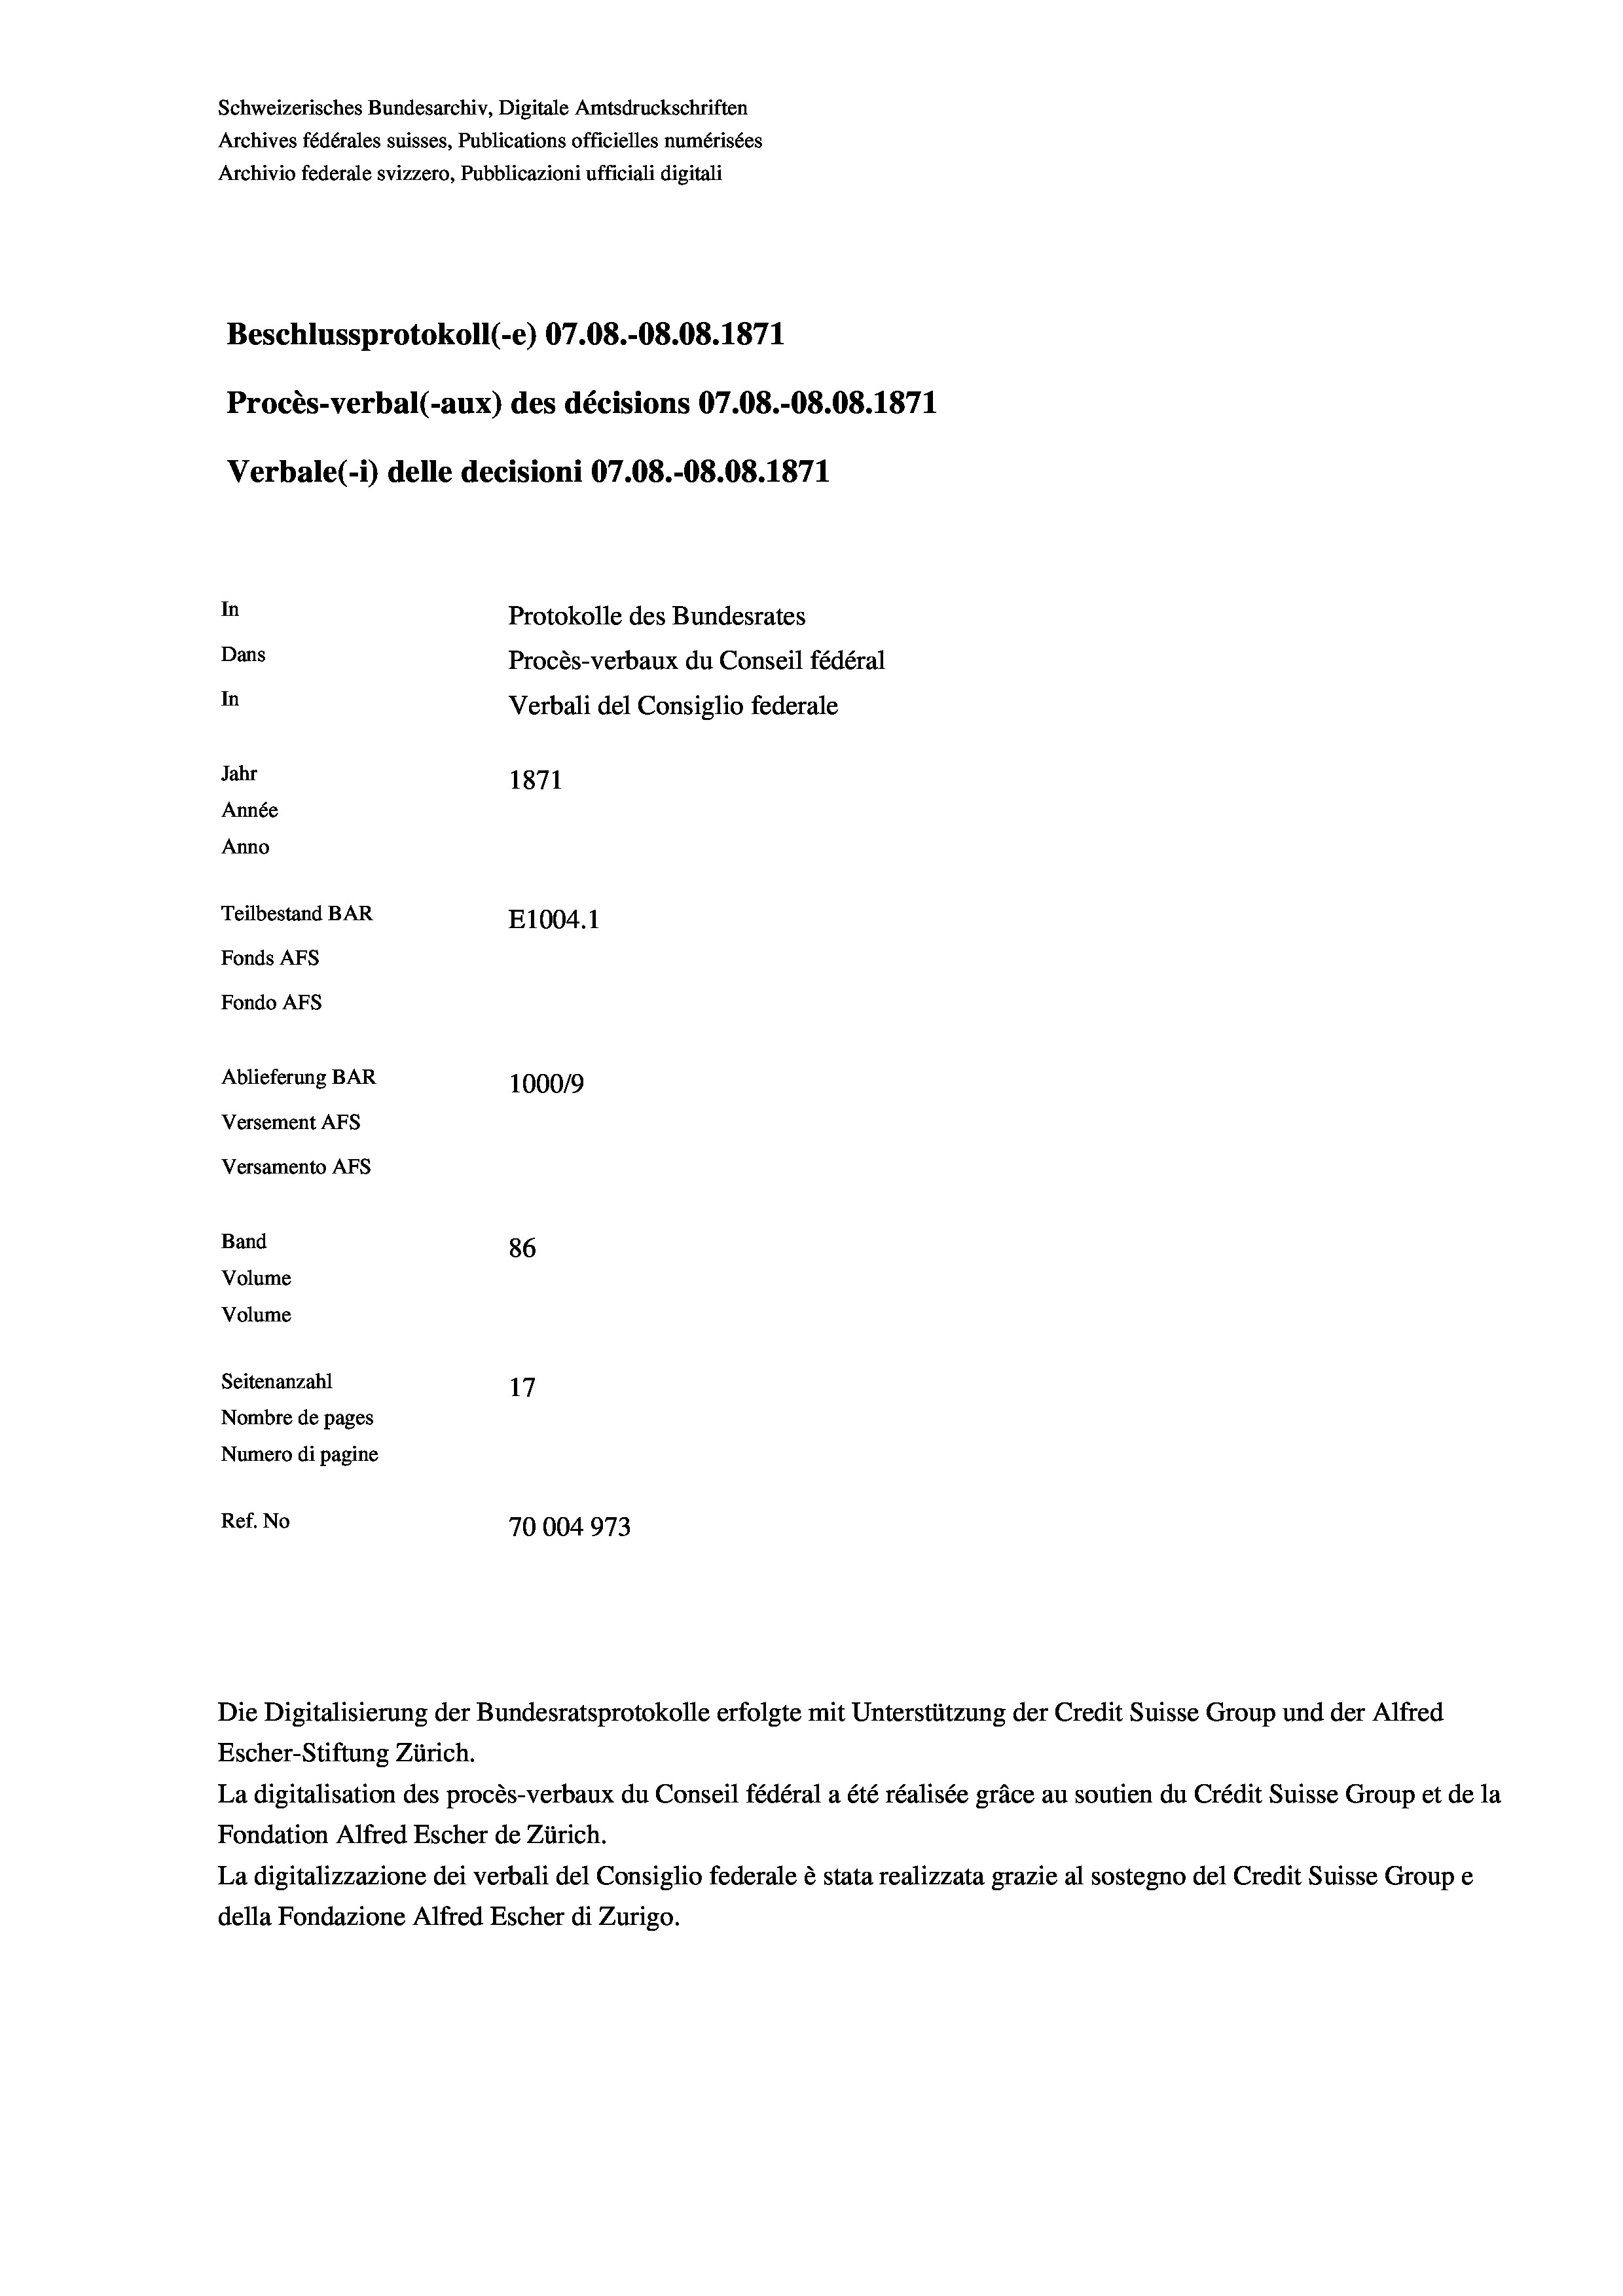
Schweizerisches Bundesarchiv, Digitale Amtsdruckschriften
Archives fédérales suisses, Publications officielles numérisées
Archivio federale svizzero, Pubblicazioni ufficiali digitali
Beschlussprotokoll (e) 07.08.-08.08. 1871
Procès-verbal (-aux) des décisions 07.08.-08.08. 1871
In
Protokolle des Bundesrates
Dans
Procès-verbaux du Conseil fédéral
In
Verbali del Consiglio federale
Jahr
1871
Année
Anno
Teilbestand BAR
E1004.1
Fonds AFs
Fondo Afs
Ablieferung BAR
100019
Versement AFs
Versamento Afs

Band
Volume
Volume

86
Seitenanzahl
Nombre de pages
Numero di pagine
Ref. No
70004973

Verbale (i) delle decisioni 07.08.-O8.08. 1871

Die Digitalisierung der Bundesratsprotokolle erfolgte mit Unterstützung der Credit Suisse Group und der Alfred
Escher-Stiftung Zürich.
La digitalisation des procès-verbaux du Conseil fédéral a été réalisée gräce au soutien du Crédit Suisse Group et de la
Fondation Alfred Escher de Zürich.
La digitalizzazione dei verbali del Consiglio federale è stata realizzata grazie al sostegno del Credit Suisse Groupe
della Fondazione Alfred Escher di Zurigo.